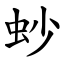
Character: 䖢